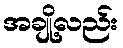
အချို့လည်း